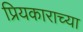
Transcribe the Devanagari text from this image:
प्रियकाराच्या